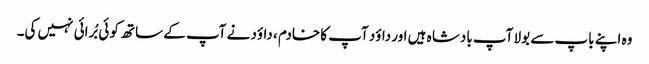
وہ اپنے باپ سے بولا آپ بادشا ہ ہیں اور داؤد آپ کا خادم ، داؤد نے آپ کے ساتھ کو ئی بُرائی نہیں کی۔